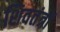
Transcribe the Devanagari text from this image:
शिवतंत्रों